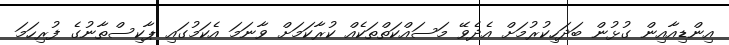
އިންޑިއާއިން ގުޅުން ބަދަހިކުރުމަށް އެދެވޭ މަސައްކަތްތަކެއް ކުރާކަމަށް ވާނަމަ އެކަމުގައި ޕާކިސްތާނުގެ ފުރިހަމަ